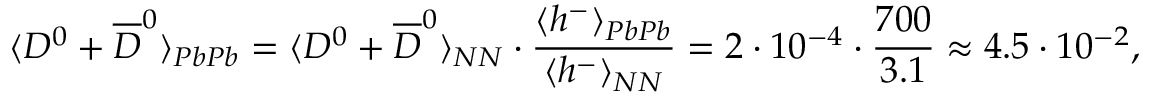
\langle D ^ { 0 } + \overline { { { D } } } ^ { 0 } \rangle _ { P b P b } = \langle D ^ { 0 } + \overline { { { D } } } ^ { 0 } \rangle _ { N N } \cdot \frac { \langle h ^ { - } \rangle _ { P b P b } } { \langle h ^ { - } \rangle _ { N N } } = 2 \cdot 1 0 ^ { - 4 } \cdot \frac { 7 0 0 } { 3 . 1 } \approx 4 . 5 \cdot 1 0 ^ { - 2 } ,